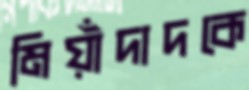
মিয়াঁদাদকে